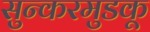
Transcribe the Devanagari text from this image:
सुन्करमुडकू